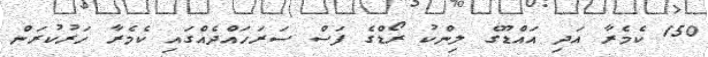
150 ކެމެރާ އަދި އައްޑޫގެ ލިންކު ރޯޑްގެ ފަސް ސަރަހައްދެއްގައި ކެމެރާ ހަރުކުރަން